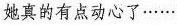
她真的有点动心了……